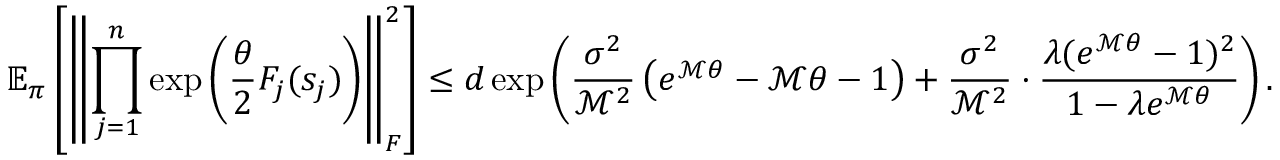
\mathbb { E } _ { \boldsymbol \pi } \left[ \left\lVert \prod _ { j = 1 } ^ { n } \exp \left( \frac { \theta } { 2 } F _ { j } ( s _ { j } ) \right) \right\rVert _ { F } ^ { 2 } \right] \leq d \exp \left( \frac { \sigma ^ { 2 } } { \mathcal { M } ^ { 2 } } \left( e ^ { \mathcal { M } \theta } - \mathcal { M } \theta - 1 \right) + \frac { \sigma ^ { 2 } } { \mathcal { M } ^ { 2 } } \cdot \frac { \lambda ( e ^ { \mathcal { M } \theta } - 1 ) ^ { 2 } } { 1 - \lambda e ^ { \mathcal { M } \theta } } \right) .